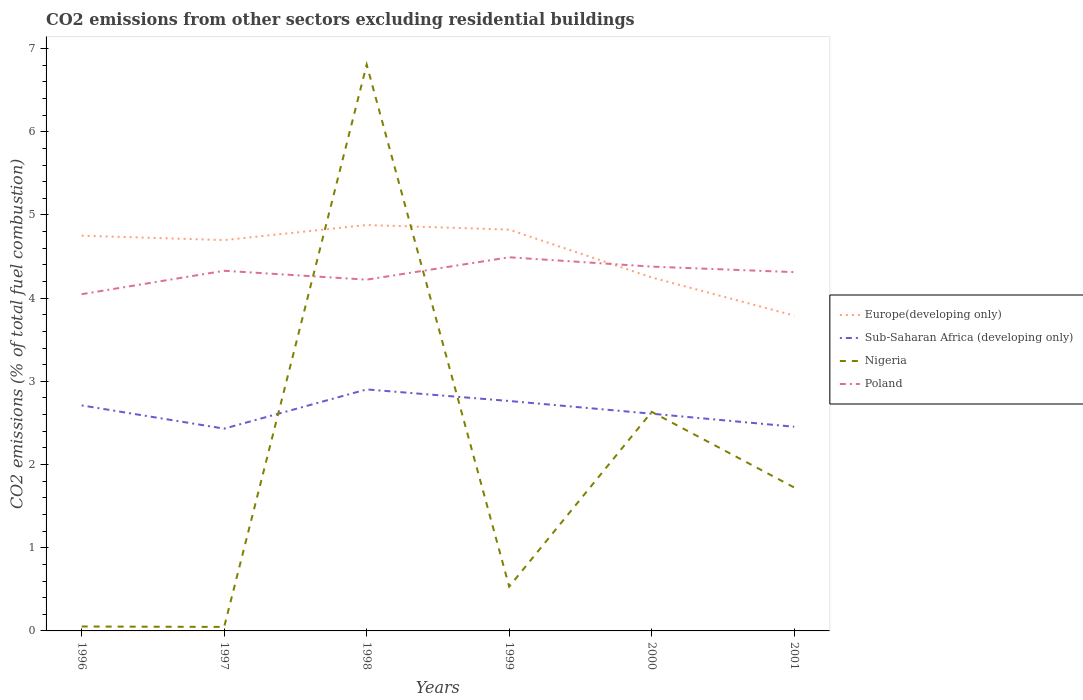
| Years | Europe(developing only) | Sub-Saharan Africa (developing only) | Nigeria | Poland |
 | --- | --- | --- | --- | --- |
 | 1996 | 4.75 | 2.71 | 0.0531 | 4.05 |
 | 1997 | 4.7 | 2.43 | 0.0481 | 4.33 |
 | 1998 | 4.88 | 2.9 | 6.81 | 4.22 |
 | 1999 | 4.82 | 2.76 | 0.533 | 4.49 |
 | 2000 | 4.25 | 2.61 | 2.63 | 4.38 |
 | 2001 | 3.79 | 2.45 | 1.72 | 4.31 |